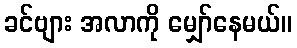
ခင်ဗျား အလာကို မျှော်နေမယ်။